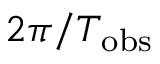
2 \pi / T _ { \mathrm { o b s } }